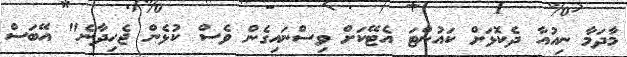
މާދަމާ ނިއުއާ ދެކޮޅަށް ކައުންޓަ އެޓޭކަށް ވިސްނައިގެން ވެސް ކުޅެން ޖެހިދާނެ" އޭބަސް